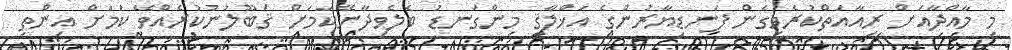
މި މާއްދާއަށް ރިއާއަތްކުރެވިގެން ފަނޑިޔާރުންގެ އަޚްލާޤީ މިންގަނޑު ބެލެވިދާނޭކަމަށް ޤަބޫލުނުކުރެއްވޭ ކަމަށް އިންތި